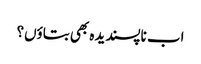
اب ناپسندیدہ بھی بتاؤں؟